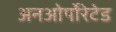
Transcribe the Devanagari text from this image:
अनओर्पोरेटेड